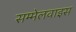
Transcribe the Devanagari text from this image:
सम्मेलवाइस